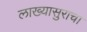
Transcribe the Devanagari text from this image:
लाख्यासुराचा